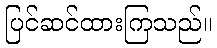
ပြင်ဆင်ထားကြသည်။